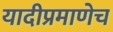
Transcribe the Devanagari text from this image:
यादीप्रमाणेच